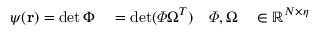
\begin{array} { r l r l } { \psi ( { \mathbf { r } } ) = \operatorname* { d e t } \Phi } & { { } = \operatorname* { d e t } ( \varPhi \Omega ^ { T } ) } & { \varPhi , \Omega } & { { } \in \mathbb { R } ^ { N \times \eta } } \end{array}